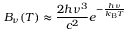
B _ { \nu } ( T ) \approx { \frac { 2 h \nu ^ { 3 } } { c ^ { 2 } } } e ^ { - { \frac { h \nu } { k _ { \mathrm { B } } T } } }